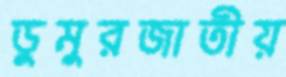
ডুমুরজাতীয়